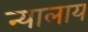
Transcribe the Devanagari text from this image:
न्यालाय